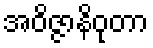
အဝိဇ္ဇာနိဝုတာ